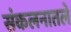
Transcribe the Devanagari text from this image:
संकलनातले